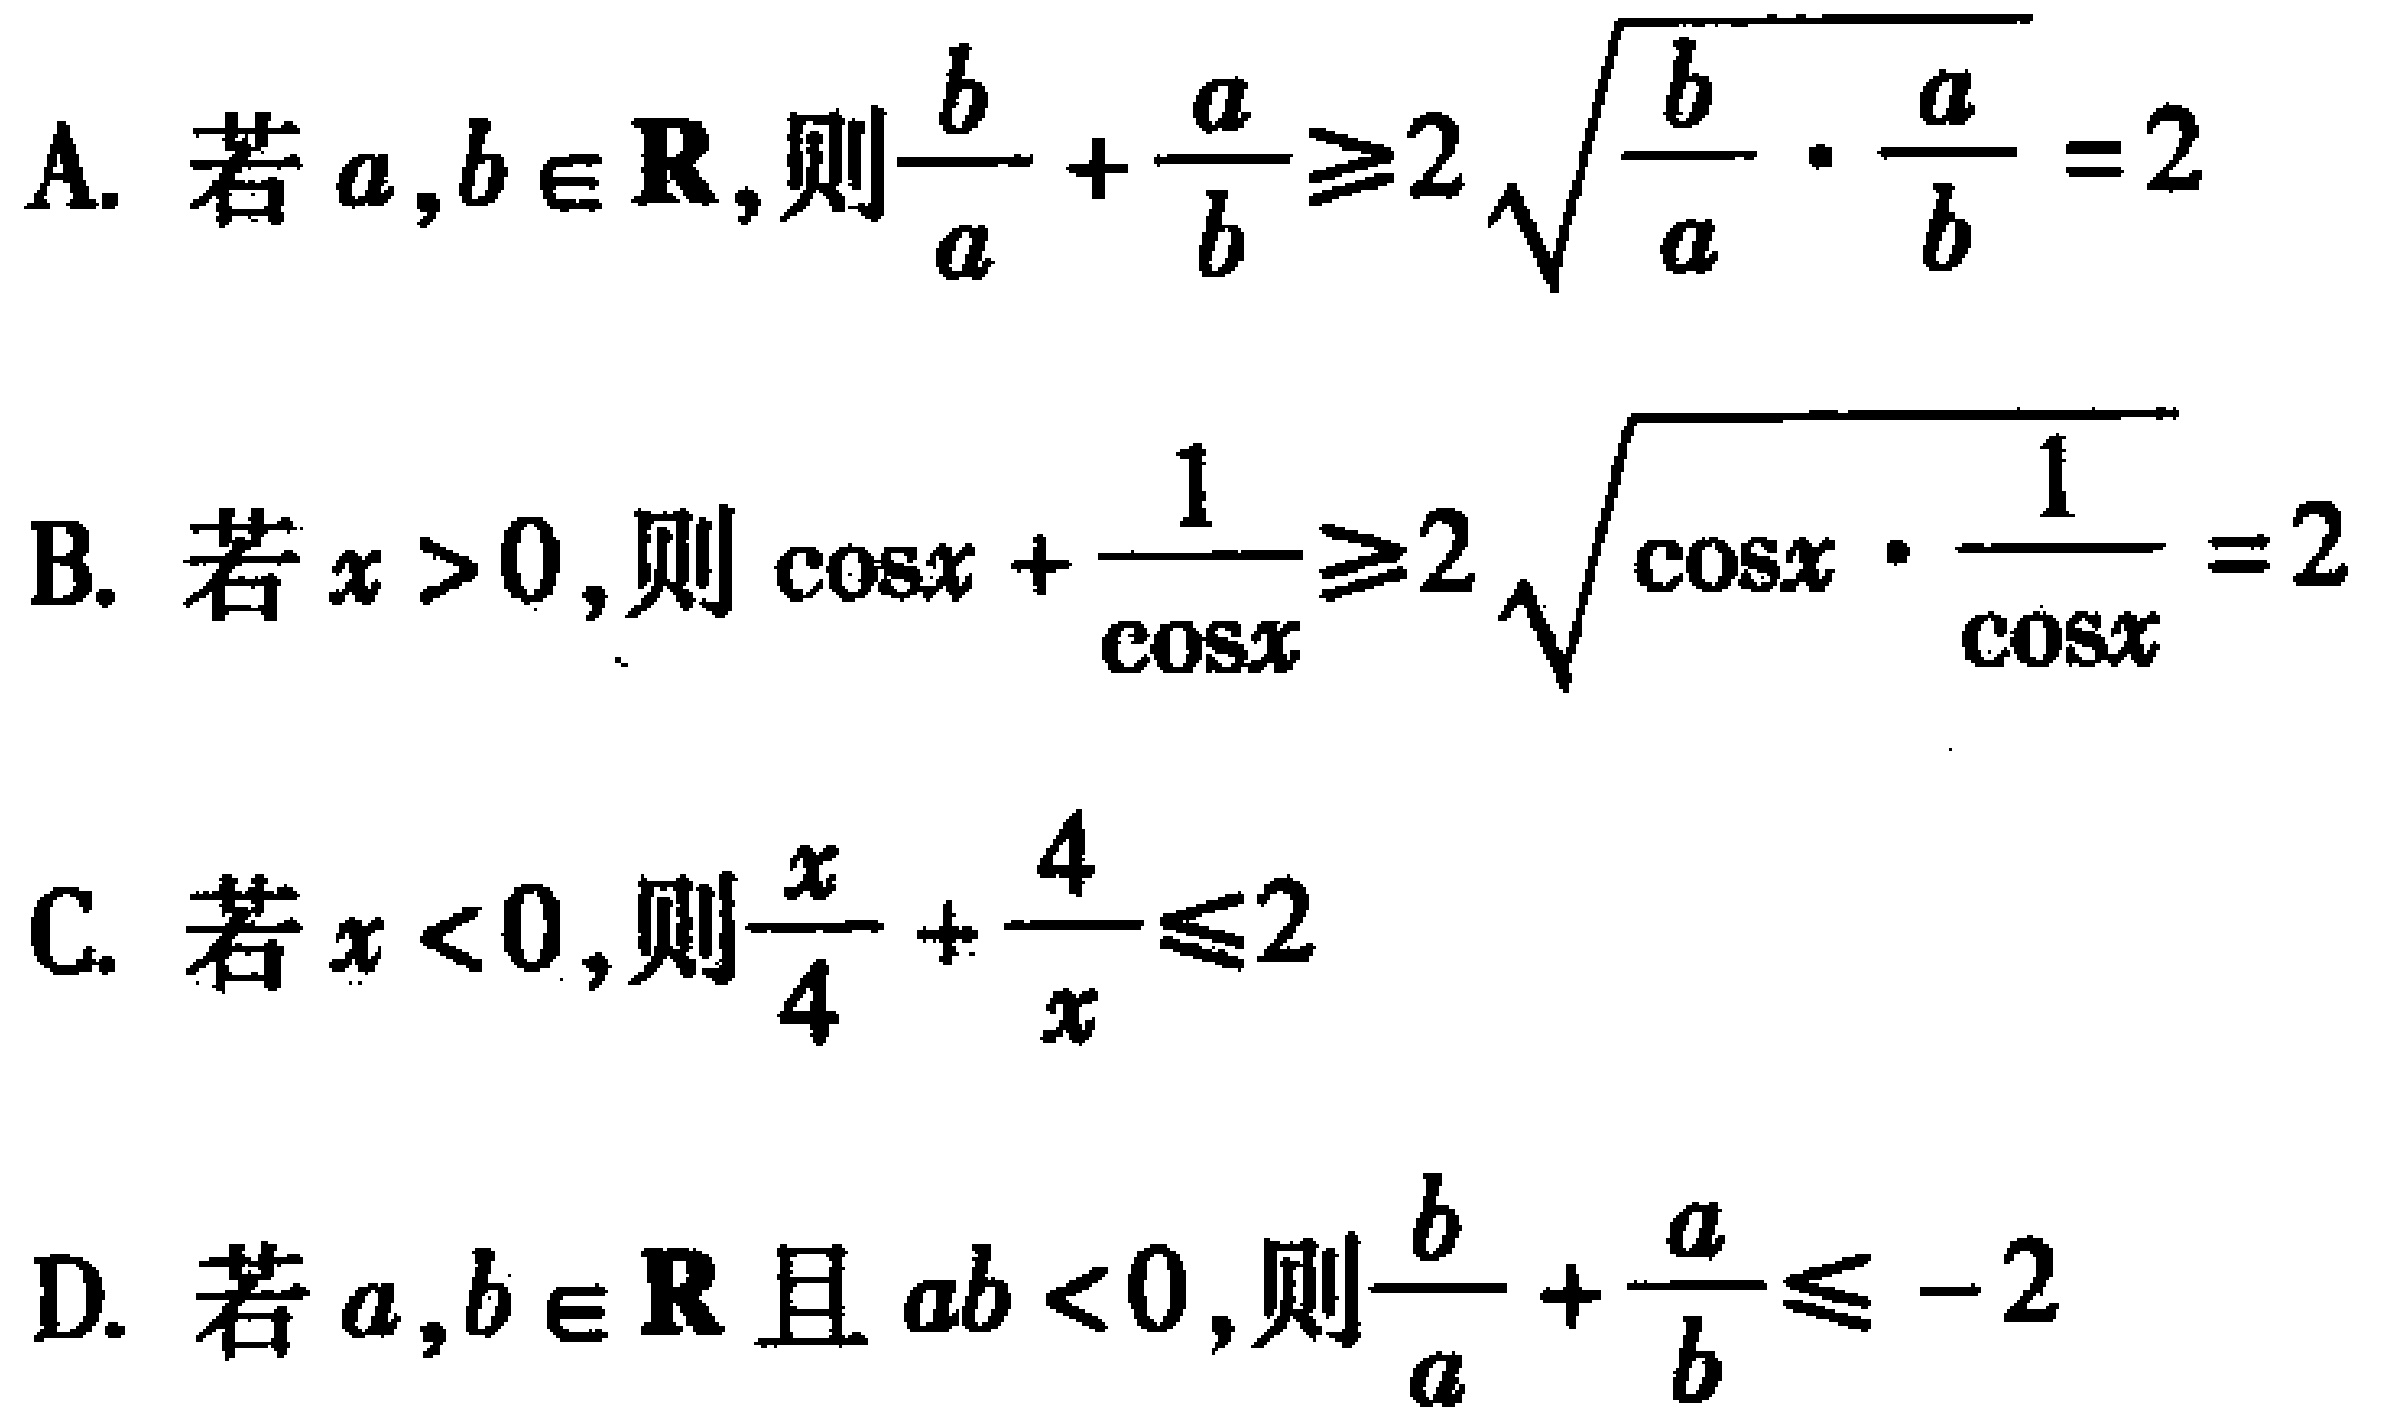
A. 若\(a,b\in\mathbf{R}\),则\(\frac{b}{a}+\frac{a}{b}\geqslant2\sqrt{\frac{b}{a}\cdot\frac{a}{b}} = 2\)

B. 若\(x > 0\),则\(\cos x+\frac{1}{\cos x}\geqslant2\sqrt{\cos x\cdot\frac{1}{\cos x}} = 2\)

C. 若\(x < 0\),则\(\frac{x}{4}+\frac{4}{x}\leqslant2\)

D. 若\(a,b\in\mathbf{R}\)且\(ab < 0\),则\(\frac{b}{a}+\frac{a}{b}\leqslant - 2\)